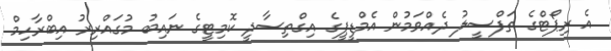
އެ ރިޕޯޓްގެ ތަފްސީލު ދެއްވަމުން އެމްޑީޕީގެ އިގްތިސާދީ ކޮމިޓީގެ ނައިބު މުގައްރިރު އިބްރާހިމް